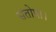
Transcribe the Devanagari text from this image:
संतोषा।